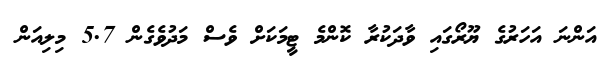
އަންނަ އަަހަރުގެ ޔޫރޯގައި ވާދަކުރާ ކޮންމެ ޓީމަކަށް ވެސް މަދުވެގެން 5.7 މިލިއަން